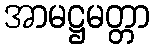
အာမဋ္ဌမတ္တာ